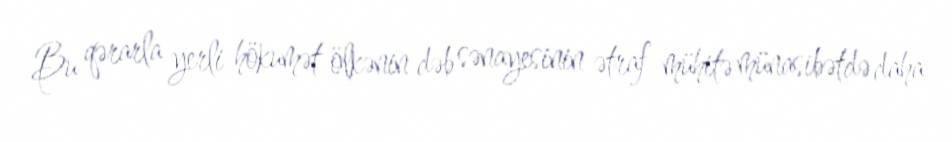
Bu qərarla yerli hökumət ölkənin dəb sənayesinin ətraf mühitə münasibətdə daha